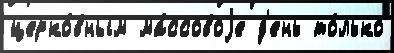
церко́вным ма́ссовоjе д'ень то́лько